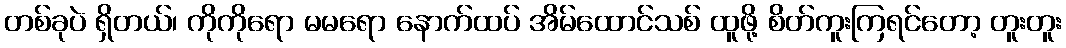
တစ်ခုပဲ ရှိတယ်၊ ကိုကိုရော မမရော နောက်ထပ် အိမ်ထောင်သစ် ထူဖို့ စိတ်ကူးကြရင်တော့ တူးတူး